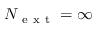
N _ { \mathrm { ~ e ~ x ~ t ~ } } = \infty